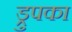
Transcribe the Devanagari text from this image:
ड्रुपका